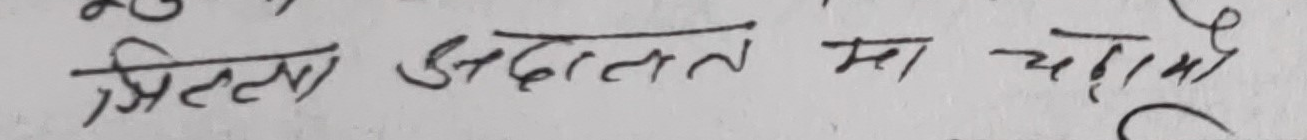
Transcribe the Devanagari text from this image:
जिल्ला अदालत मा गयौं